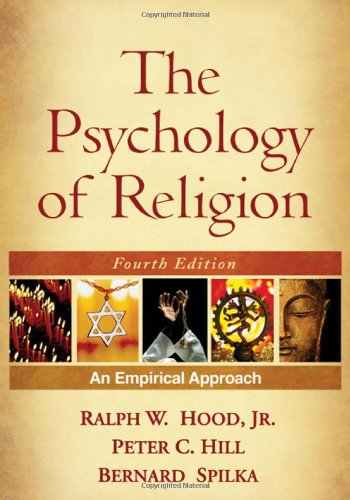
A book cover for The Psychology of Religion, Fourth Edition: An Empirical Approach; Ralph W. Hood  Jr. PhD; Religion & Spirituality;